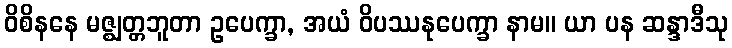
ဝိစိနနေ မဇ္ဈတ္တဘူတာ ဥပေက္ခာ, အယံ ဝိပဿနုပေက္ခာ နာမ။ ယာ ပန ဆန္ဒာဒီသု